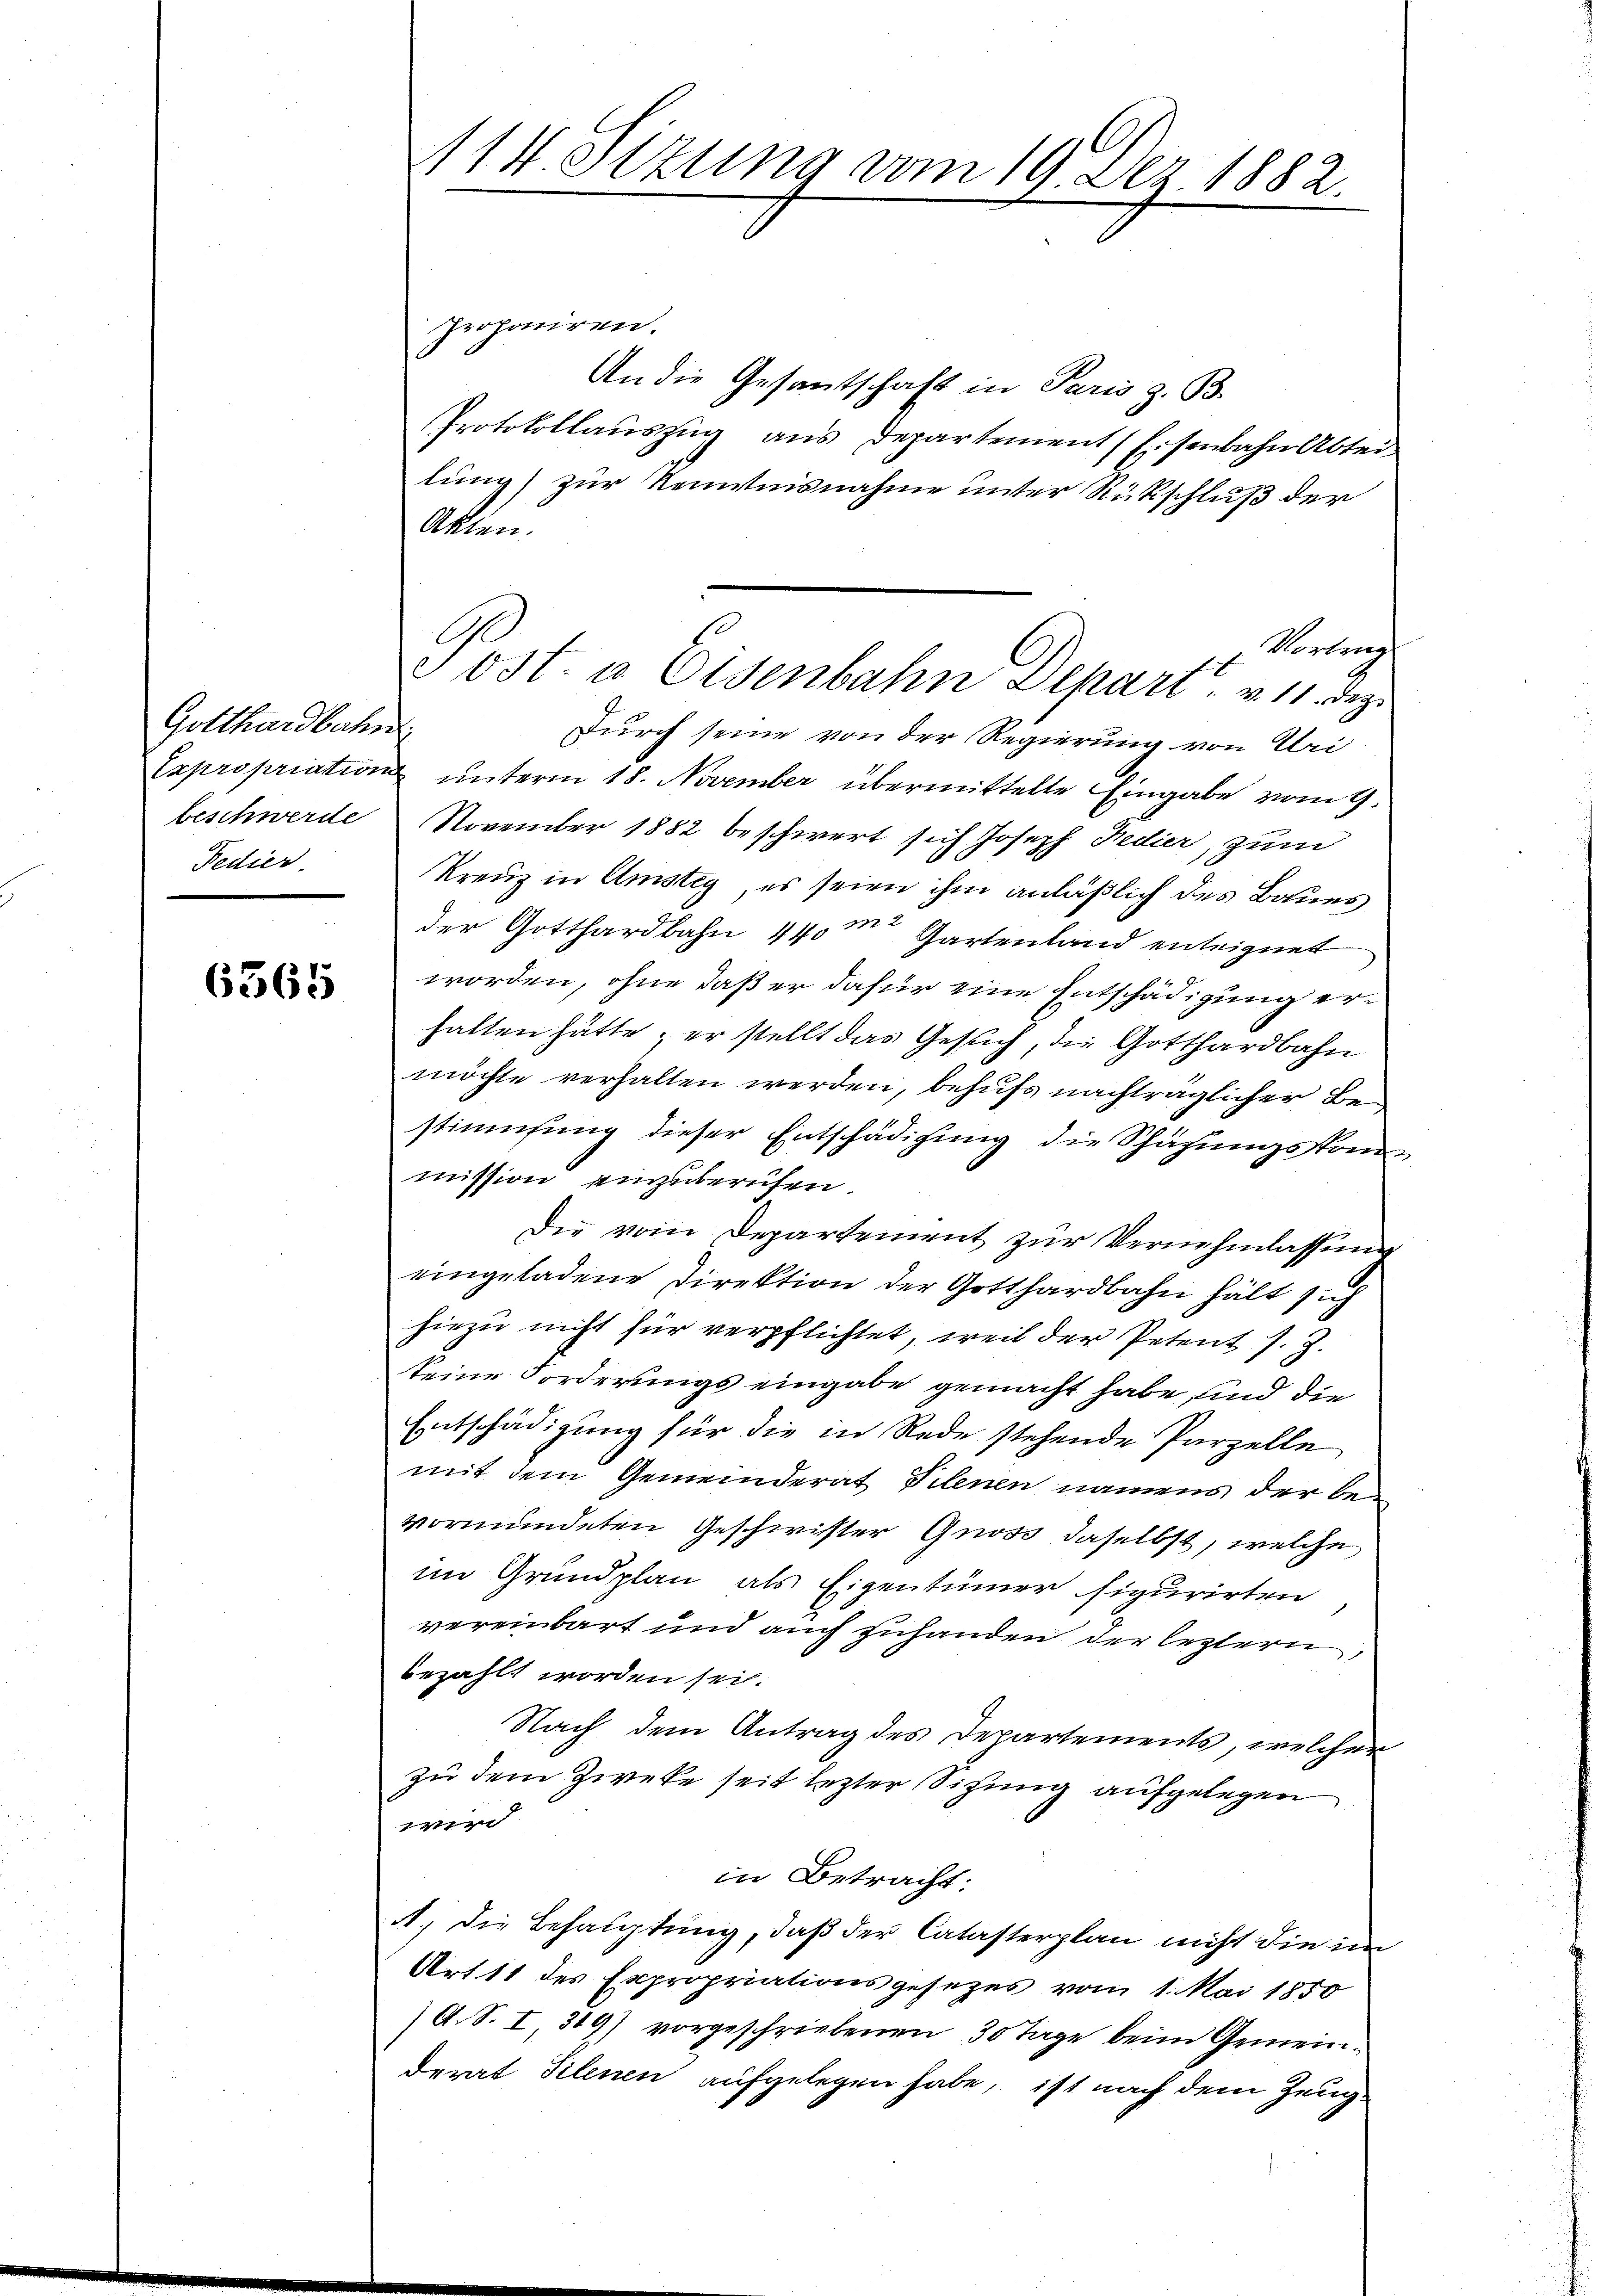
Gotthardbahn
Fedier.

6365

Proponiren.
An die Gesantschaft in Paris z. B.
Protokollauszug aus Departement (Eisenbahn Abteilung) zur Kenntnisnahme unter Rückschluß der
Akten.
Vertragt
Durch seine von der Regierung von Uri
Expropriation unterm 18. November übermittelte Eingabe vom 9.
beschwerde. November 1882 beschwert sich Joseph Fedier, zum
Kreuz in Amsteig, es seien ihm anläßlich des Baues
der Gotthardbahn 440 m Gartenland enteignet
worden, ohne daß er dafür eine Entschädigung erhalten hätte; er stellt das Gesuch, die Gotthardbahn
möchte verhalten werden, behufs nachträglicher Bestimmung dieser Entschädigung die Schäzungsstand
mission einzuberufen.
Die vom Departement zur Vernehmlassung
eingeladene Direktion der Gotthardbahn hält sich
hiezu nicht für verpflichtet, weil der Petent s. Z.
keine Forderungs eingabe gemacht habe, sind die
Entschädigung für die in Rede stehende Parzelle
mit dem Gemeinderat Telenen namens der bevormundeten Geschwister Gross daselbst, welche
im Grundplan als Eigentümer figurirten
vereinbart und auch zuhanden der leztern,
bezahlt worden sei.
Nach dem Antrag des Departements, welcher
zu dem Zwecke seit lezter Sitzung aufgelegen
wird
in Betracht:
A., die Behauptung, daß der Catasterplan nicht die in
Art 11 des Expropriationsgesezes vom 1. Mai 1850
(A. S. I, 349) vorgeschriebenen 30 Tage beim Gemeinderat Pilenen aufgelegen habe, ist nach dem Zeug¬

114. Sizung vom 19. Dez. 1882.

Tost. u Osenbahn Depart. v. 11. Dez.